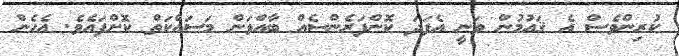
ކުރިންވެސް އެ ޤައުމުން ވަނީ އެފަދަ ކޮންފަރެންސެއް ބާއްވަން މަސައްކަތް ކޮށްފައެވެ. އެހެން